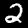
Digit: 2